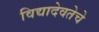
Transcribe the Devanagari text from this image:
विद्यादेवतेचे